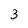
Character: 3